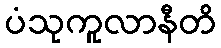
ပံသုကူလာနီတိ